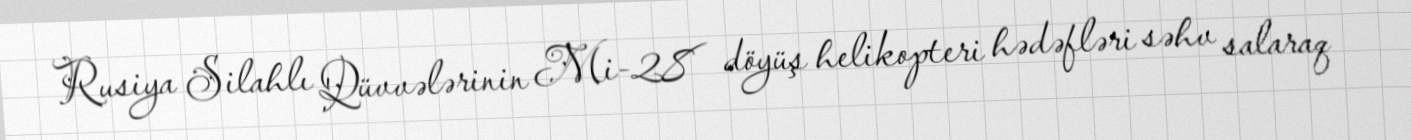
Rusiya Silahlı Qüvvələrinin Mi-28 döyüş helikopteri hədəfləri səhv salaraq